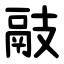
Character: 䰙